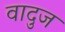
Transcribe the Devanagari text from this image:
वादुज